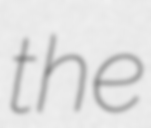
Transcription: the